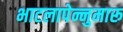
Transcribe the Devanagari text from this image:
भाटलापेन्नुमारू